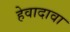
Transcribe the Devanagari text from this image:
हेवादावा